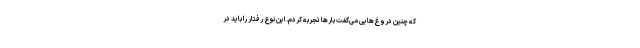
که چنین دروغ‌هایی می‌گفت بارها تجربه کردم. این نوع رفتار را باید در